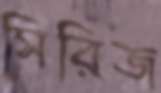
সিরিজ